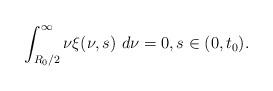
LaTeX: \begin{align*} \int_{R_{0}/2}^{\infty}\nu\xi(\nu,s)\ d\nu=0,s\in(0, t_{0}). \end{align*}